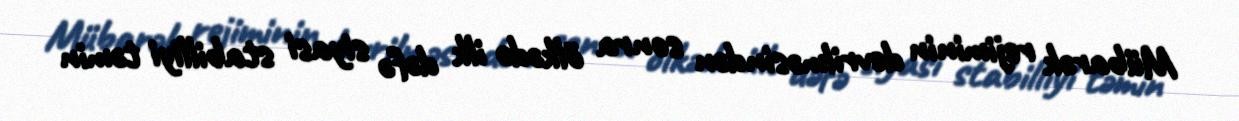
Mübarək rejiminin devrilməsindən sonra ölkədə ilk dəfə siyasi stabilliyi təmin